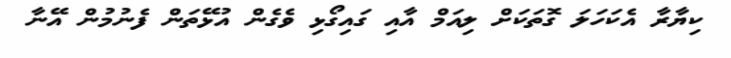
ކިޔާރާ އެކަހަލަ ގޮތަކަށް ލިއަމް އާއި ގައިގޯޅި ވެގެން އުޅޭތަން ފެނުމުން އޭނާ